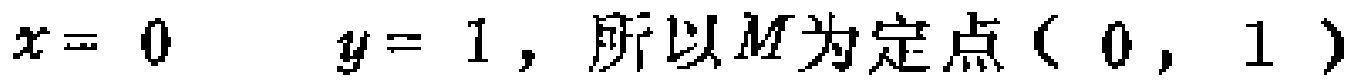
$x = 0\quad y = 1，所以M为定点（0，1）$